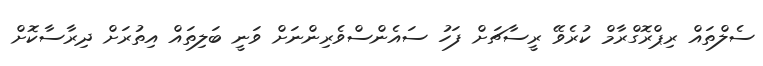
ސެލްތައް ރިޕްރޮގްރާމް ކުރެވޭ ރީސާޗަށް ފަހު ސައެންސްވެރިންނަށް ވަނީ ބަލިތައް އިތުރަށް ދިރާސާކޮށް